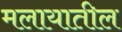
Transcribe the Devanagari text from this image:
मलायातील